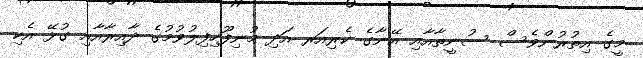
މީގެ އިތުރުންވެސް ސުނީތާއާއި އޭނާގެ ކެރިއަރ އަދި މުނިފޫހިފިލުވުމުގެ ދާއިރާއާއި ގުޅޭ އެކި